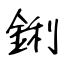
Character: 鋓